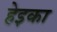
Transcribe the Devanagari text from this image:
हेइका